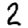
Digit: 2